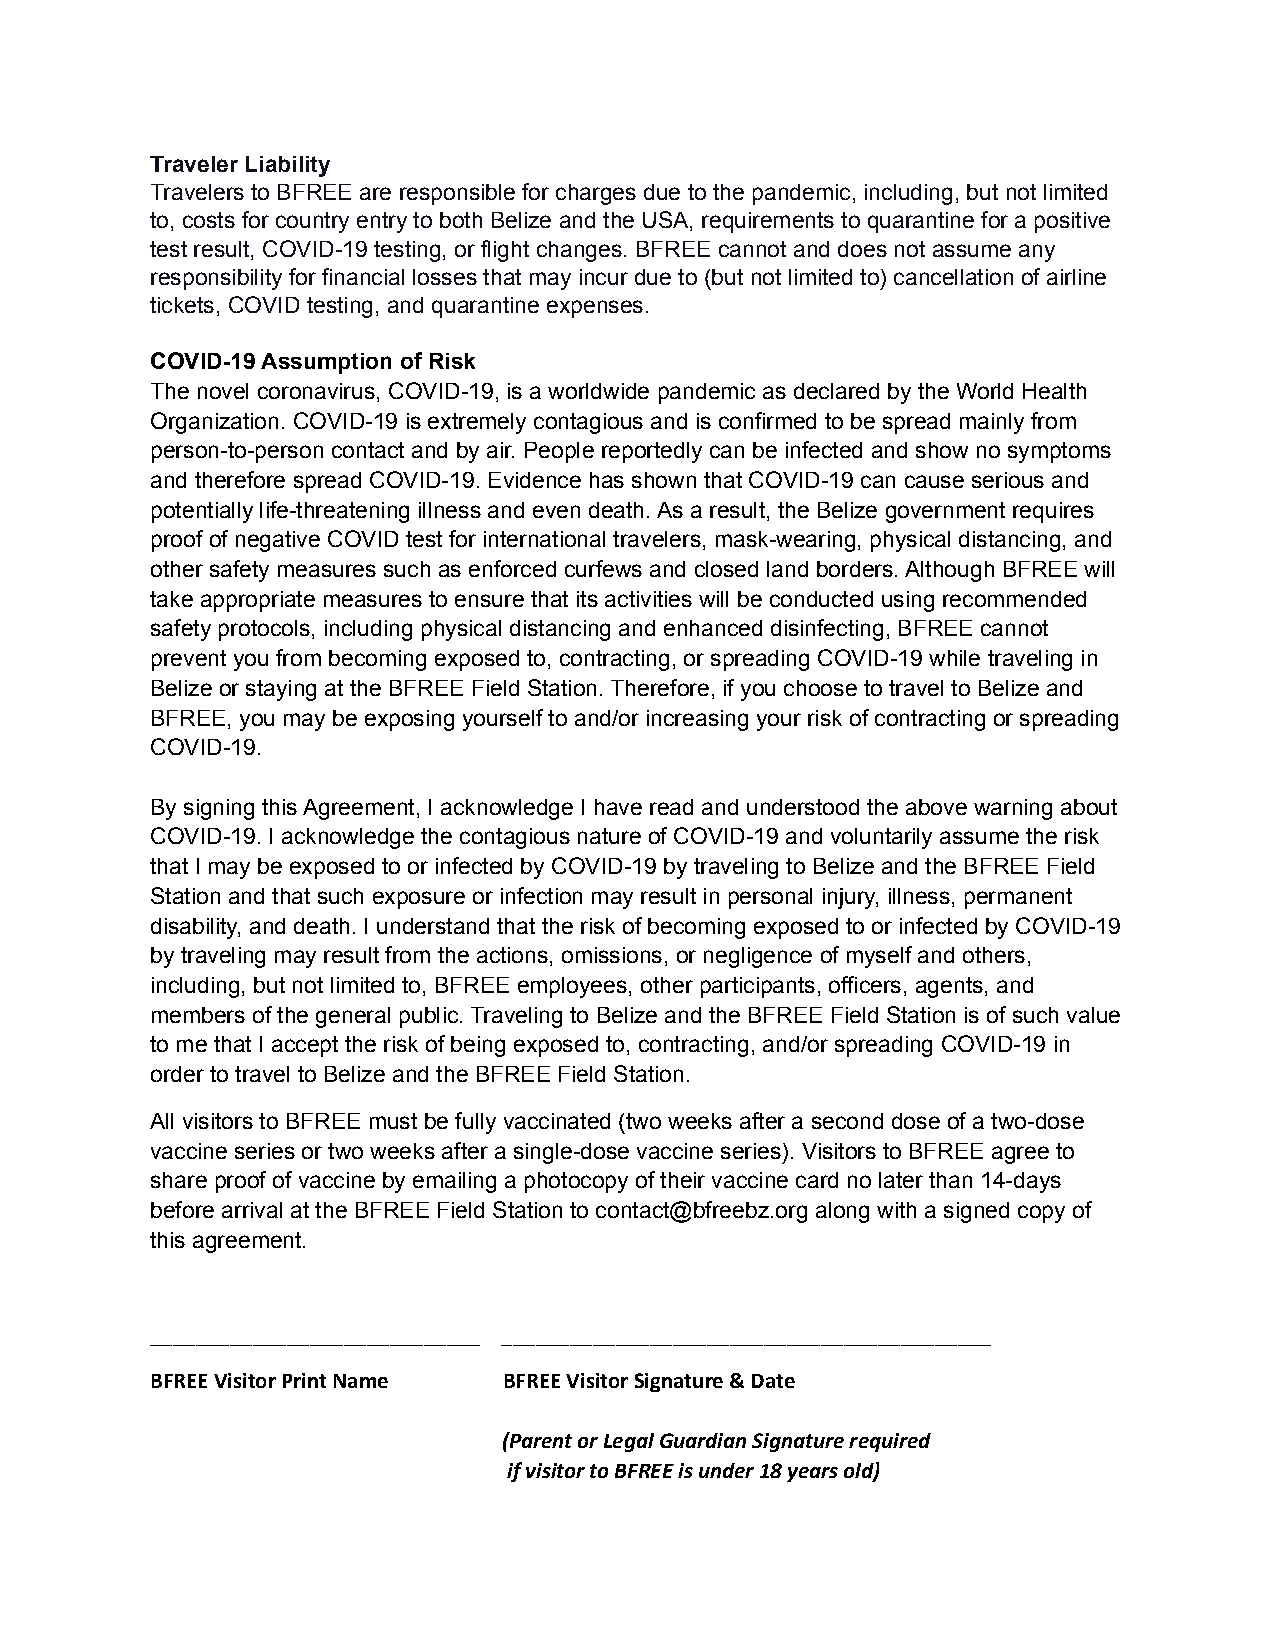
Traveler Liability
 Travelers to BFREE are responsible for charges due to the pandemic, including, but not limited
 to, costs for country entry to both Belize and the USA, requirements to quarantine for a positive
 test result, COVID-19 testing, or flight changes. BFREE cannot and does not assume any
 responsibility for financial losses that may incur due to (but not limited to) cancellation of airline
 tickets, COVID testing, and quarantine expenses.
 COVID-19 Assumption of Risk
 The novel coronavirus, COVID-19, is a worldwide pandemic as declared by the World Health
 Organization. COVID-19 is extremely contagious and is confirmed to be spread mainly from
 person-to-person contact and by air. People reportedly can be infected and show no symptoms
 and therefore spread COVID-19. Evidence has shown that COVID-19 can cause serious and
 potentially life-threatening illness and even death. As a result, the Belize government requires
 proof of negative COVID test for international travelers, mask-wearing, physical distancing, and
 other safety measures such as enforced curfews and closed land borders. Although BFREE will
 take appropriate measures to ensure that its activities will be conducted using recommended
 safety protocols, including physical distancing and enhanced disinfecting, BFREE cannot
 prevent you from becoming exposed to, contracting, or spreading COVID-19 while traveling in
 Belize or staying at the BFREE Field Station. Therefore, if you choose to travel to Belize and
 BFREE, you may be exposing yourself to and/or increasing your risk of contracting or spreading
 COVID-19.
 By signing this Agreement, I acknowledge I have read and understood the above warning about
 COVID-19. I acknowledge the contagious nature of COVID-19 and voluntarily assume the risk
 that I may be exposed to or infected by COVID-19 by traveling to Belize and the BFREE Field
 Station and that such exposure or infection may result in personal injury, illness, permanent
 disability, and death. I understand that the risk of becoming exposed to or infected by COVID-19
 by traveling may result from the actions, omissions, or negligence of myself and others,
 including, but not limited to, BFREE employees, other participants, officers, agents, and
 members of the general public. Traveling to Belize and the BFREE Field Station is of such value
 to me that I accept the risk of being exposed to, contracting, and/or spreading COVID-19 in
 order to travel to Belize and the BFREE Field Station.
 All visitors to BFREE must be fully vaccinated (two weeks after a second dose of a two-dose
 vaccine series or two weeks after a single-dose vaccine series). Visitors to BFREE agree to
 share proof of vaccine by emailing a photocopy of their vaccine card no later than 14-days
 before arrival at the BFREE Field Station to contact@bfreebz.org along with a signed copy of
 this agreement.
 _____________________________ ___________________________________________
 BFREE Visitor Print Name BFREE Visitor Signature & Date
 (Parent or Legal Guardian Signature required
 if visitor to BFREE is under 18 years old)